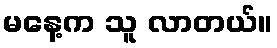
မနေ့က သူ လာတယ်။